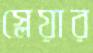
স্লেয়ার